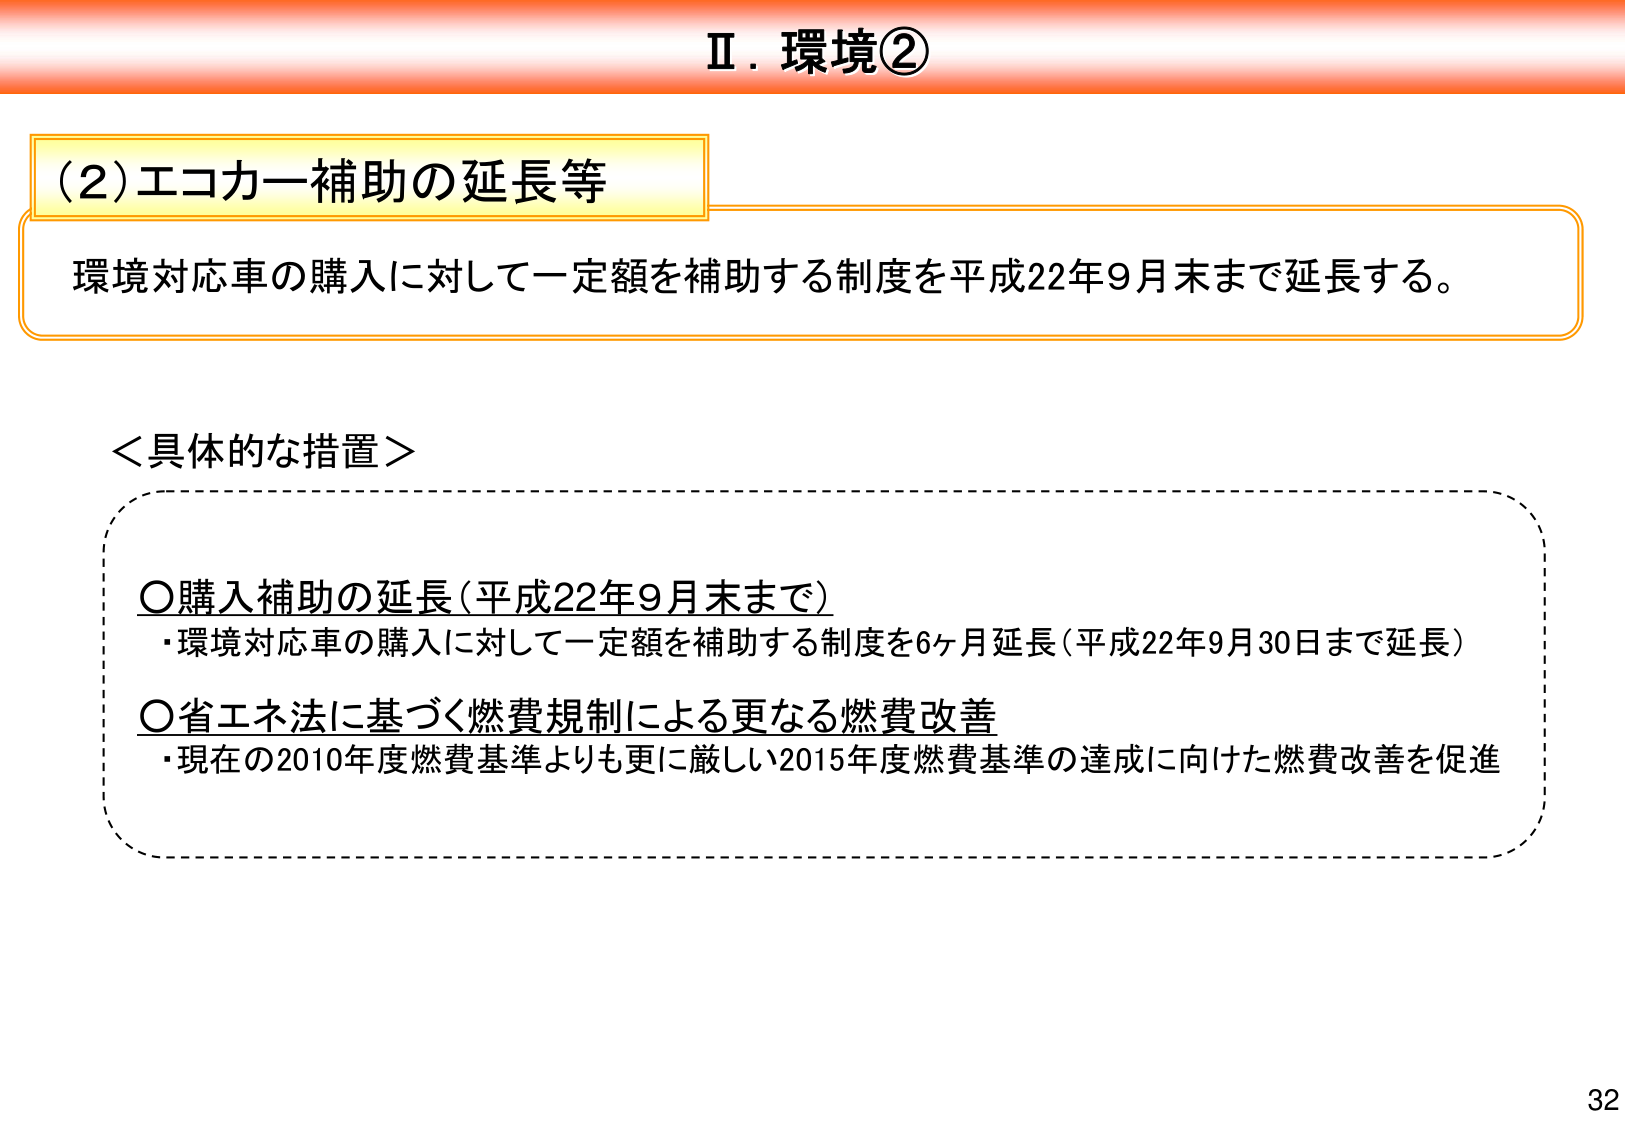
Ⅱ．環境②

(2) エコカー補助の延長等
環境対応車の購入に対して一定額を補助する制度を平成22年9月末まで延長する。

＜具体的な措置＞
○購入補助の延長（平成22年9月末まで）
・環境対応車の購入に対して一定額を補助する制度を6ヶ月延長（平成22年9月30日まで延長）
○省エネ法に基づく燃費規制による更なる燃費改善
・現在の2010年度燃費基準よりも更に厳しい2015年度燃費基準の達成に向けた燃費改善を促進

32